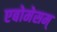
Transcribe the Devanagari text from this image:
एबोमेसम्